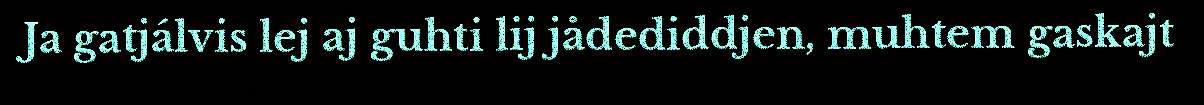
Ja gatjálvis lej aj guhti lij jådediddjen, muhtem gaskajt